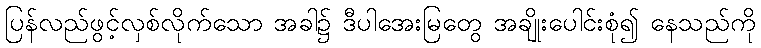
ပြန်လည်ဖွင့်လှစ်လိုက်သော အခါ၌ ဒီပါအေးမြတွေ အချိုးပေါင်းစုံ၍ နေသည်ကို